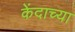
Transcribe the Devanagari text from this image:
केंदाच्या